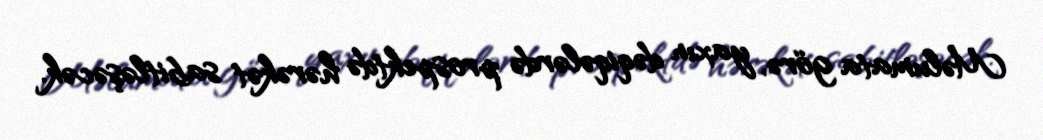
Məlumata görə, yaxın dəqiqələrdə prospektdə hərəkət sabitləşəcək.